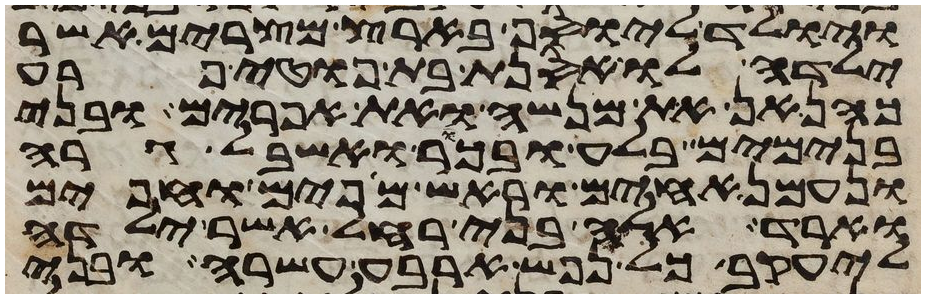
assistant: ויולד ליוסף בארץ מצרים אשר
ילדה לו אסנת בת פוטיפרע
כהנאן את מנשה ואת אפרים ובני
בנימים בלע ובכר ואשבאל גרה
ונעמן אחים וראש מאפים ואפים
וארד אלה בני רחל אשר ילדה
ליעקב כל נפש ארבע עשרה ובני